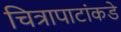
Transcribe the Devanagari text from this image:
चित्रापाटांकडे